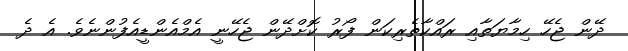
ދޭން ޖެހޭ ހިމާޔަތާއި ރައްކާތެރިކަން ފޯރު ކޮށްދޭން ޖެހޭނީ އެމްއެންޑީއެފުންނެވެ. އެ ދެ